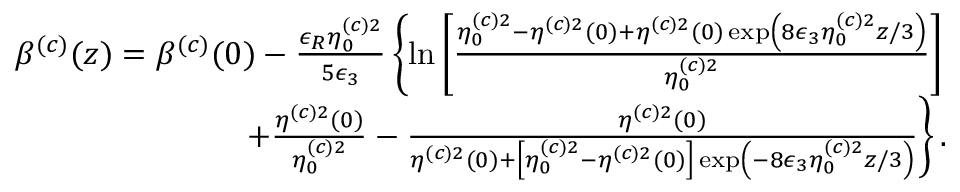
\begin{array} { r l r } & { } & { \! \! \! \! \! \! \! \! \! \beta ^ { ( c ) } ( z ) = \beta ^ { ( c ) } ( 0 ) - \frac { \epsilon _ { R } \eta _ { 0 } ^ { ( c ) 2 } } { 5 \epsilon _ { 3 } } \left\{ \ln \left[ \frac { \eta _ { 0 } ^ { ( c ) 2 } - \eta ^ { ( c ) 2 } ( 0 ) + \eta ^ { ( c ) 2 } ( 0 ) \exp \left( 8 \epsilon _ { 3 } \eta _ { 0 } ^ { ( c ) 2 } z / 3 \right) } { \eta _ { 0 } ^ { ( c ) 2 } } \right] \right. } \\ & { } & { \! \! \! \! \! \! \! \! \! \left. + \frac { \eta ^ { ( c ) 2 } ( 0 ) } { \eta _ { 0 } ^ { ( c ) 2 } } - \frac { \eta ^ { ( c ) 2 } ( 0 ) } { \eta ^ { ( c ) 2 } ( 0 ) + \left[ \eta _ { 0 } ^ { ( c ) 2 } - \eta ^ { ( c ) 2 } ( 0 ) \right] \exp \left( - 8 \epsilon _ { 3 } \eta _ { 0 } ^ { ( c ) 2 } z / 3 \right) } \right\} . } \end{array}